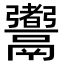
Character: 䰞